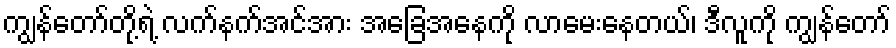
ကျွန်တော်တို့ရဲ့ လက်နက်အင်အား အခြေအနေကို လာမေးနေတယ်၊ ဒီလူကို ကျွန်တော်